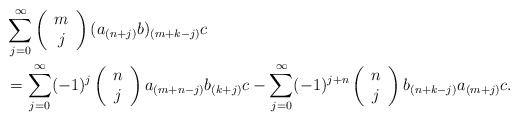
\begin{align*}&\sum_{j=0}^\infty \left(\begin{array}{c} m \\ j \end{array}\right)(a_{(n+j)}b)_{(m+k-j)} c\\&=\sum_{j=0}^\infty (-1)^j\left(\begin{array}{c} n \\ j \end{array}\right)a_{(m+n-j)}b_{(k+j)} c-\sum_{j=0}^\infty (-1)^{j+n}\left(\begin{array}{c} n \\ j \end{array}\right)b_{(n+k-j)}a_{(m+j)} c.\end{align*}